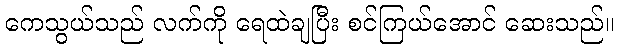
ကေသွယ်သည် လက်ကို ရေထဲချပြီး စင်ကြယ်အောင် ဆေးသည်။